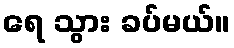
ရေ သွား ခပ်မယ်။